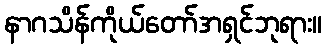
နာဂသိန်ကိုယ်တော်အရှင်ဘုရား။